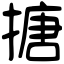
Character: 搪